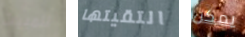
للمبيت التقيتها يمكن